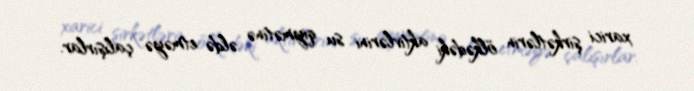
xarici şirkətlərin ölkədəki aktivlərini su qiymətinə əldə etməyə çalışırlar.